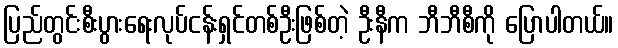
ပြည်တွင်းစီးပွားရေးလုပ်ငန်းရှင်တစ်ဦးဖြစ်တဲ့ ဦးနီက ဘီဘီစီကို ပြောပါတယ်။